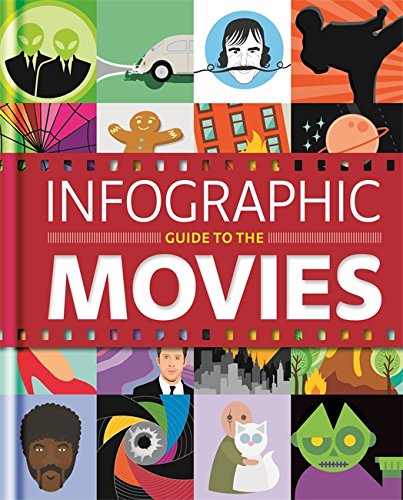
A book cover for Infographic Guide to the Movies (Hamlyn All Colour Cookbook); Karen Krizanovich; Humor & Entertainment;